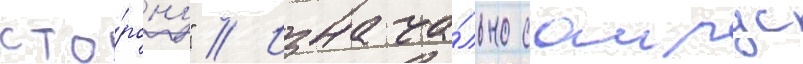
сто́рону" // Изнача́льно саирус